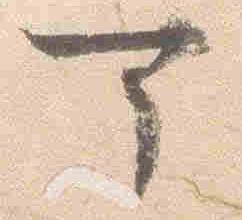
可